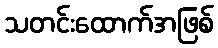
သတင်းထောက်အဖြစ်